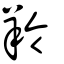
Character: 羚